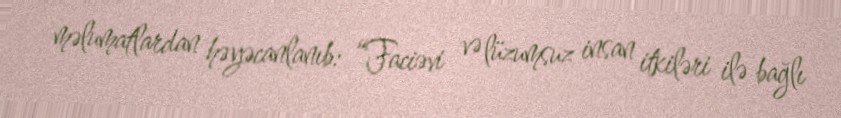
məlumatlardan həyəcanlanıb: “Faciəvi və lüzumsuz insan itkiləri ilə bağlı